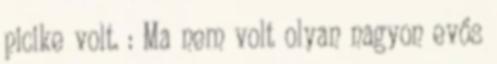
picike volt. : Ma nem volt olyan nagyon evős